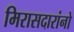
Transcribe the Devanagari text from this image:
मिरासदारांनो